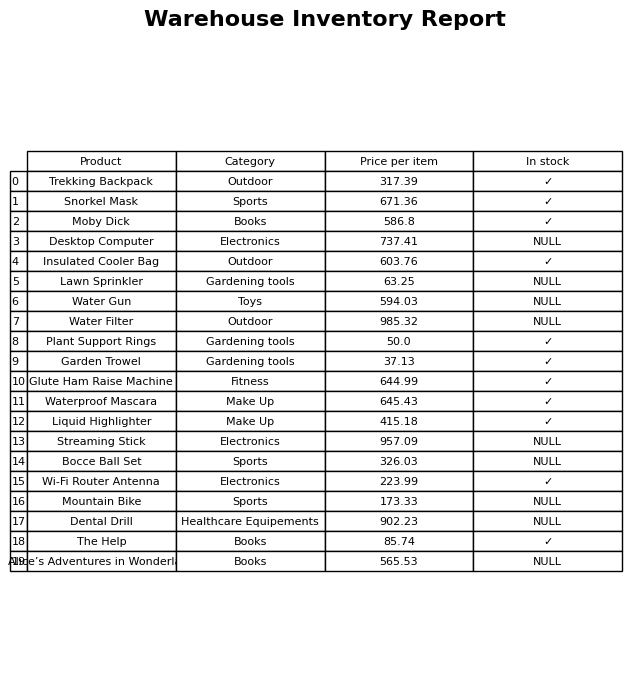
question: What category does the Desktop Computer belong to?
answer: Electronics